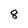
Character: 8